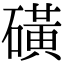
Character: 磺